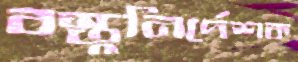
বস্তুনির্দেশক